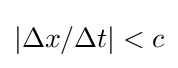
\vert \Delta x/\Delta t\vert <c